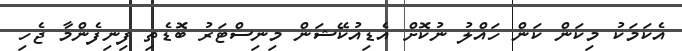
އެކަމަކު މިކަން ކަން ހައްލު ނުކޮށް އެޑިއުކޭޝަން މިނިސްޓަރު ބޮޑެތި ފިނިފެންމާ ޖެހި